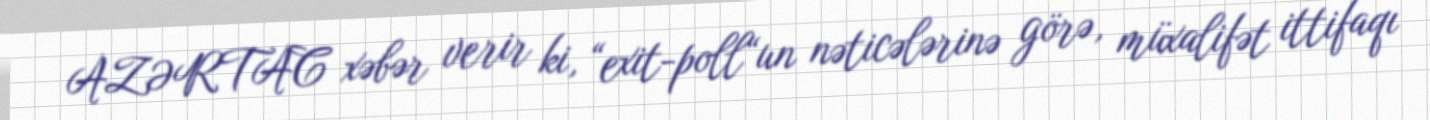
AZƏRTAC xəbər verir ki, “exit-poll“un nəticələrinə görə, müxalifət ittifaqı